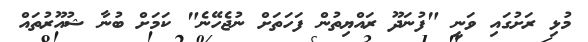
މުޅި ރަށުގައި ވަނީ "ފުނަދޫ ރައްޔިތުން ފަހަތަށް ނުޖެހޭނެ" ކަމަށް ބުނާ ޝުއޫރުތައް